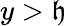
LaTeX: y>\mathfrak{h}